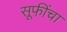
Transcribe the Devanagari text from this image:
सूफींचा